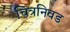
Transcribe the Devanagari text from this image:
चित्रनिवड